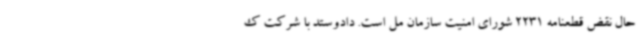
حال نقض قطعنامه 2231 شورای امنیت سازمان مل است. دادوستد با شرکت ک